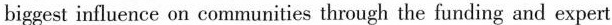
biggest influence on communities through the funding and expert